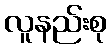
လူနည်းစု